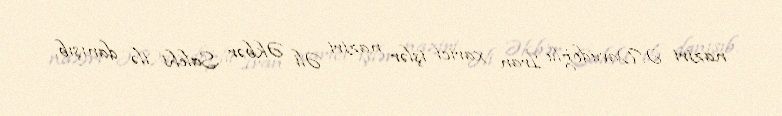
naziri Ə.Davudoğlu İran xarici işlər naziri Əli Əkbər Salehi ilə danışıb.